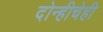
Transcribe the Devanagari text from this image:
दोन्हीचेही